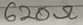
Text: 620Ω